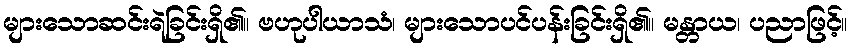
များသောဆင်းရဲခြင်းရှိ၏။ ဗဟုပါယာသံ၊ များသောပင်ပန်းခြင်းရှိ၏။ မန္တာယ၊ ပညာဖြင့်။